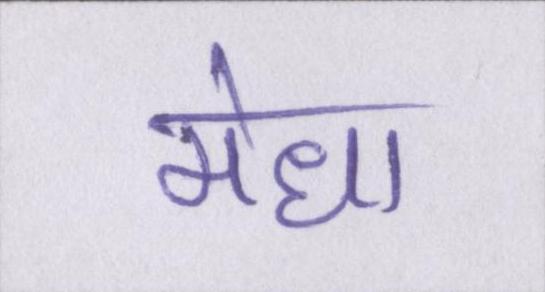
मेधा